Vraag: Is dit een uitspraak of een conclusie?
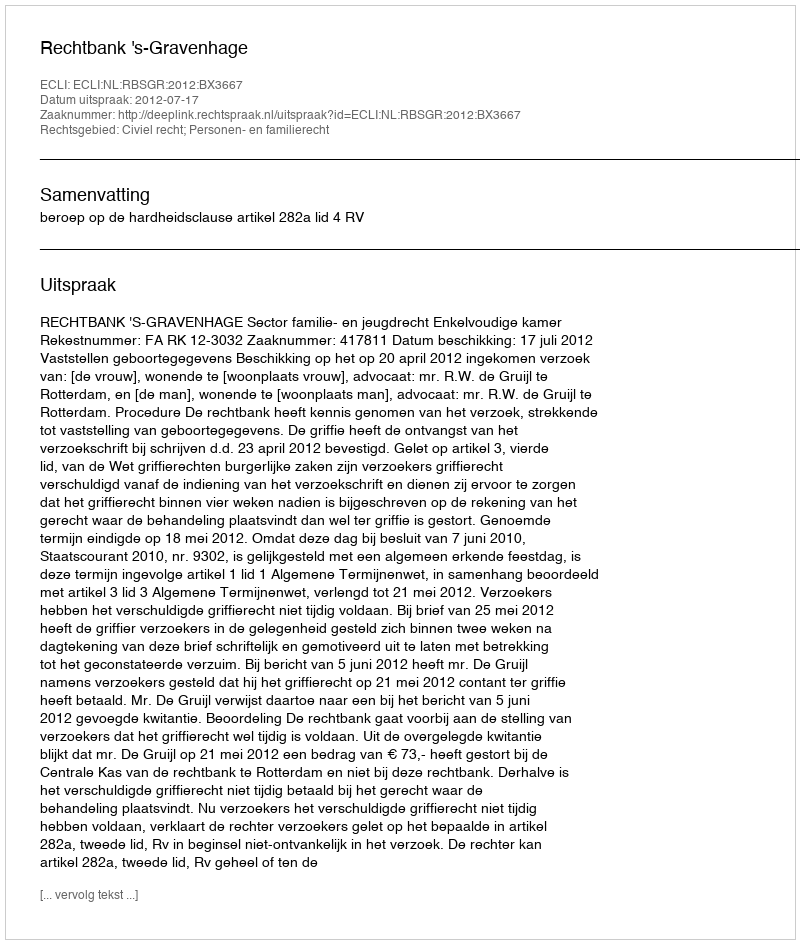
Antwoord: Uitspraak